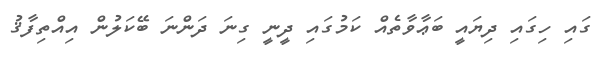
ގައި ހިގައި ދިޔައީ ބަޢާވާތެއް ކަމުގައި ދީނީ ގިނަ ދަންނަ ބޭކަލުން އިއްތިފާޤު